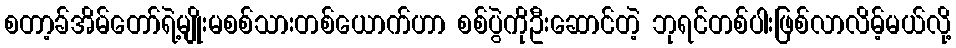
စတာ့ခ်အိမ်တော်ရဲ့မျိုးမစစ်သားတစ်ယောက်ဟာ စစ်ပွဲကိုဦးဆောင်တဲ့ ဘုရင်တစ်ပါးဖြစ်လာလိမ့်မယ်လို့